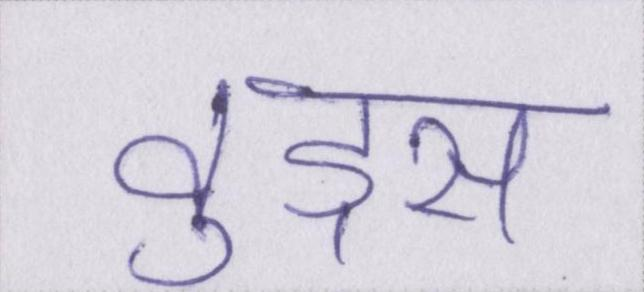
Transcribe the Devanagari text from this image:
वुड्स